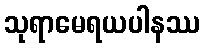
သုရာမေရယပါနဿ